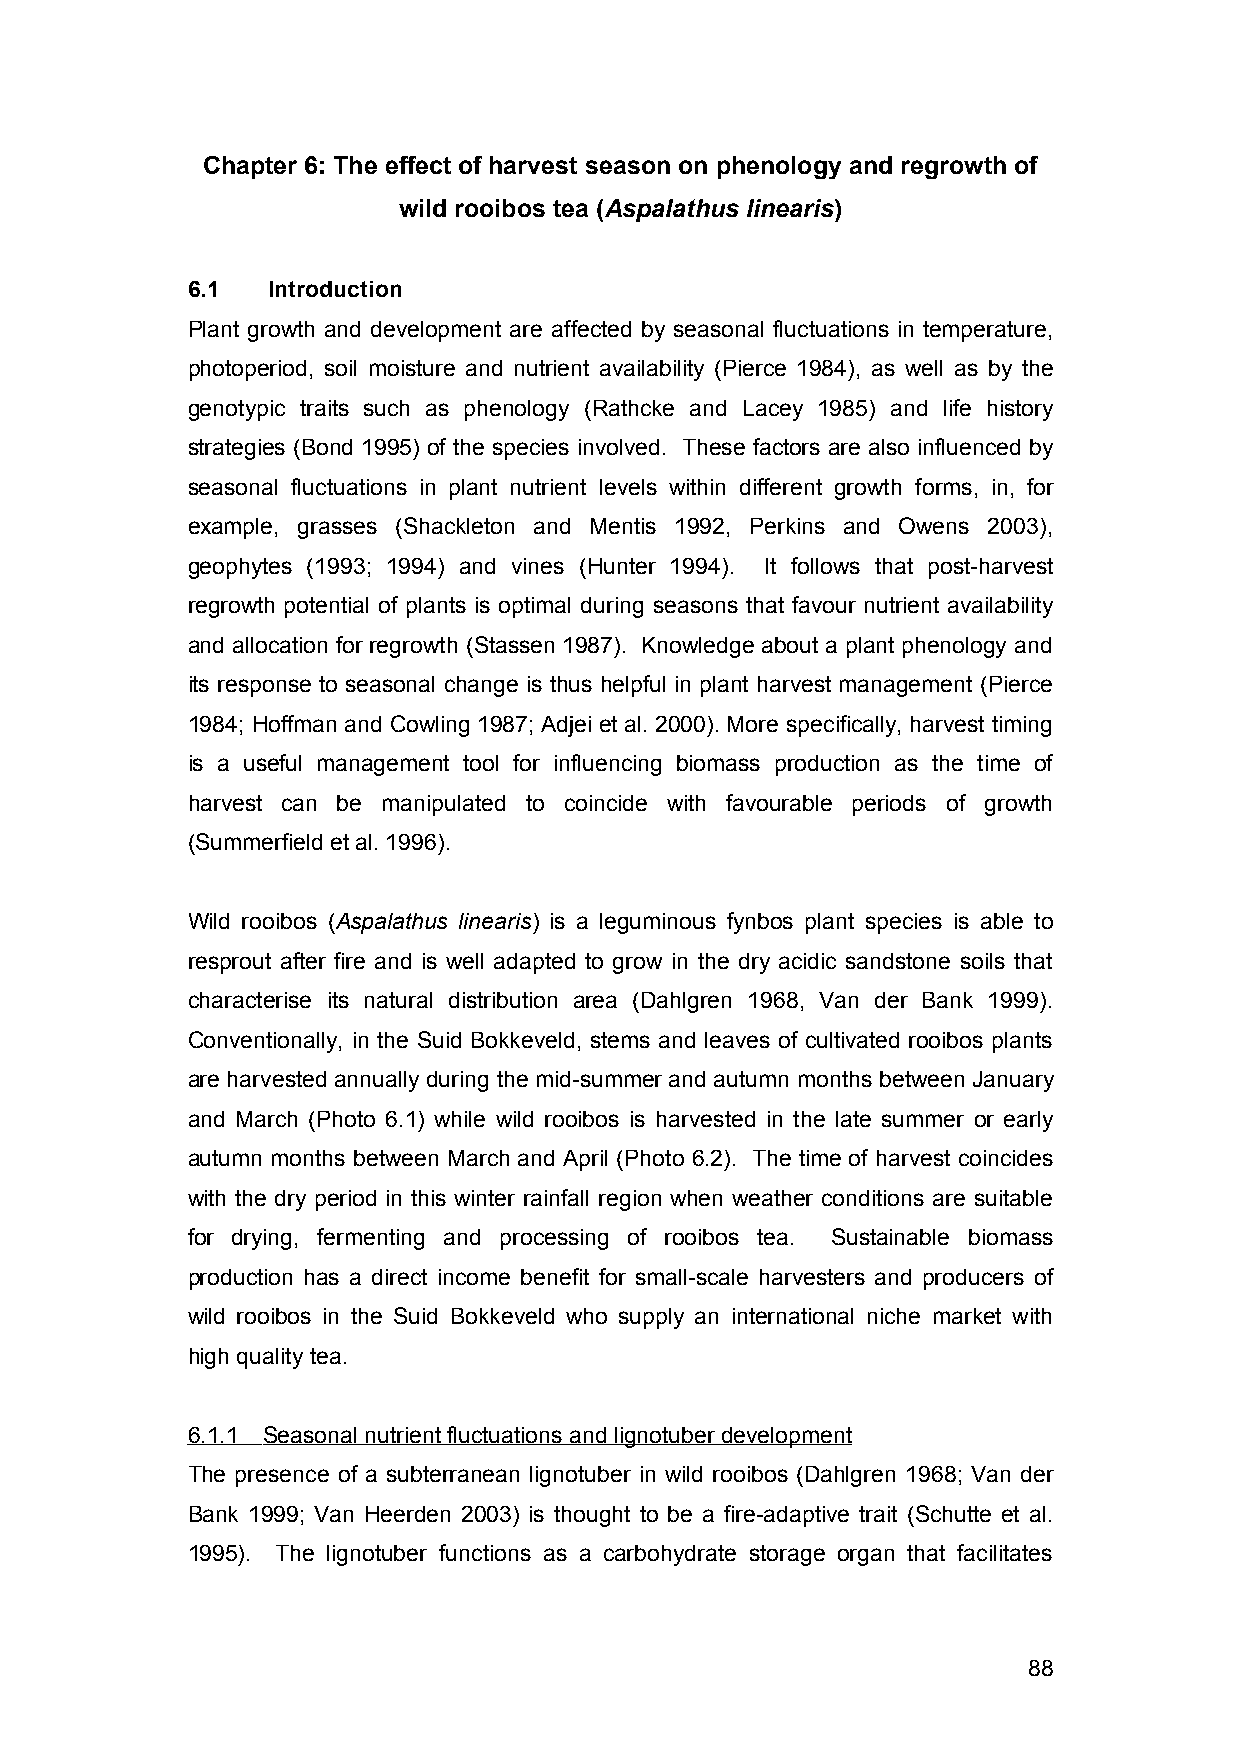
Chapter 6: The effect of harvest season on phenology and regrowth of
 wild rooibos tea (Aspalathus linearis)
 6.1   Introduction
 Plant growth and development are affected by seasonal fluctuations in temperature,
 photoperiod, soil moisture and nutrient availability (Pierce 1984), as well as by the
 genotypic traits such as phenology (Rathcke and Lacey 1985) and life history
 strategies (Bond 1995) of the species involved. These factors are also influenced by
 seasonal fluctuations in plant nutrient levels within different growth forms, in, for
 example, grasses (Shackleton and Mentis 1992, Perkins and Owens 2003),
 geophytes (1993; 1994) and vines (Hunter 1994). It follows that post-harvest
 regrowth potential of plants is optimal during seasons that favour nutrient availability
 and allocation for regrowth (Stassen 1987). Knowledge about a plant phenology and
 its response to seasonal change is thus helpful in plant harvest management (Pierce
 1984; Hoffman and Cowling 1987; Adjei et al. 2000). More specifically, harvest timing
 is a useful management tool for influencing biomass production as the time of
 harvest can be manipulated to coincide with favourable periods of growth
 (Summerfield et al. 1996).
 Wild rooibos (Aspalathus linearis) is a leguminous fynbos plant species is able to
 resprout after fire and is well adapted to grow in the dry acidic sandstone soils that
 characterise its natural distribution area (Dahlgren 1968, Van der Bank 1999).
 Conventionally, in the Suid Bokkeveld, stems and leaves of cultivated rooibos plants
 are harvested annually during the mid-summer and autumn months between January
 and March (Photo 6.1) while wild rooibos is harvested in the late summer or early
 autumn months between March and April (Photo 6.2). The time of harvest coincides
 with the dry period in this winter rainfall region when weather conditions are suitable
 for drying, fermenting and processing of rooibos tea. Sustainable biomass
 production has a direct income benefit for small-scale harvesters and producers of
 wild rooibos in the Suid Bokkeveld who supply an international niche market with
 high quality tea.
 6.1.1 Seasonal nutrient fluctuations and lignotuber developmen t
 The presence of a subterranean lignotuber in wild rooibos (Dahlgren 1968; Van der
 Bank 1999; Van Heerden 2003) is thought to be a fire-adaptive trait (Schutte et al.
 1995). The lignotuber functions as a carbohydrate storage organ that facilitates
 88